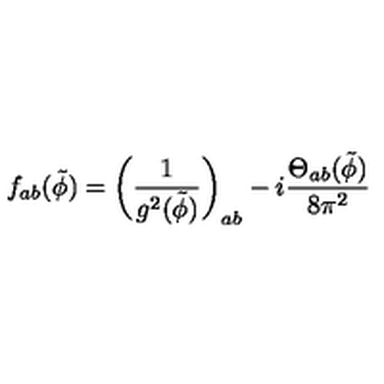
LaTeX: f _ { a b } ( { \tilde { \phi } } ) = \left( \frac { 1 } { g ^ { 2 } ( { \tilde { \phi } } ) } \right) _ { a b } - i \frac { { \Theta } _ { a b } ( { \tilde { \phi } } ) } { 8 { \pi } ^ { 2 } }